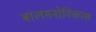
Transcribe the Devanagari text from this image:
बालमनोविकास